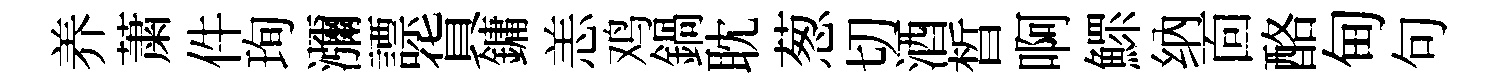
养䔥件珣瀰謤貨鏞恙鸡鍋耽葱切酒晳啊鰥纳靣酪甸句